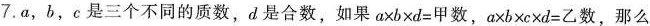
7.a，b，c是三个不同的质数，d是合数，如果$$a \times b \times d= 甲 数$$，$$a \times b \times c \times d = 乙 数$$，那么